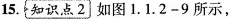
15.{知识点2]如图1.1.2-9所示，